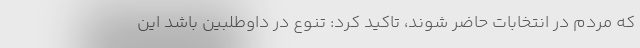
که مردم در انتخابات حاضر شوند، تاکید کرد: تنوع در داوطلبین باشد این